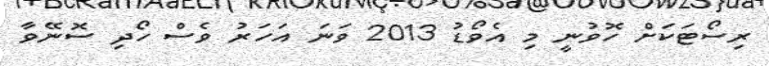
ރިސޯޓަކަށް ހޮވުނީ މި އެވޯޑު 2013 ވަނަ އަހަރު ވެސް ހޯދި ސޮނޭވާ